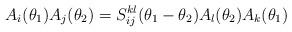
LaTeX: \begin{align*}A_i(\theta_1)A_j(\theta_2)=S^{kl}_{ij}(\theta_1-\theta_2)A_l(\theta_2)A_k(\theta_1)\end{align*}